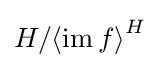
H/{\left\langle \operatorname {im} f\right\rangle }^{H}